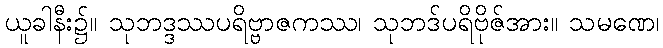
ယူခါနီး၌။ သုဘဒ္ဒဿပရိဗ္ဗာဇကဿ၊ သုဘဒ်ပရိဗိုဇ်အား။ သမဏေ၊